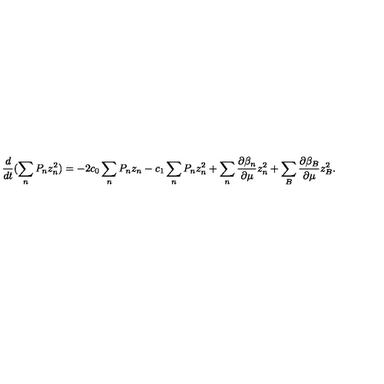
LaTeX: \frac { d } { d t } ( \sum _ { n } P _ { n } z _ { n } ^ { 2 } ) = - 2 c _ { 0 } \sum _ { n } P _ { n } z _ { n } - c _ { 1 } \sum _ { n } P _ { n } z _ { n } ^ { 2 } + \sum _ { n } \frac { \partial \beta _ { n } } { \partial \mu } z _ { n } ^ { 2 } + \sum _ { B } \frac { \partial \beta _ { B } } { \partial \mu } z _ { B } ^ { 2 } .